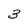
Character: 3